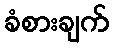
ခံစားချက်